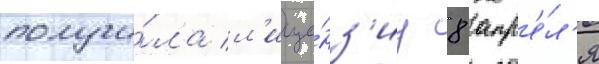
получи́ла л'ице́нз'иу 8 апр'е́л'я